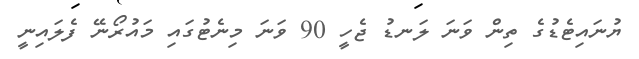
ޔުނައިޓެޑުގެ ތިން ވަނަ ލަނޑު ޖެހީ 90 ވަނަ މިނެޓުގައި މައުރޯނޭ ފެލައިިނީ